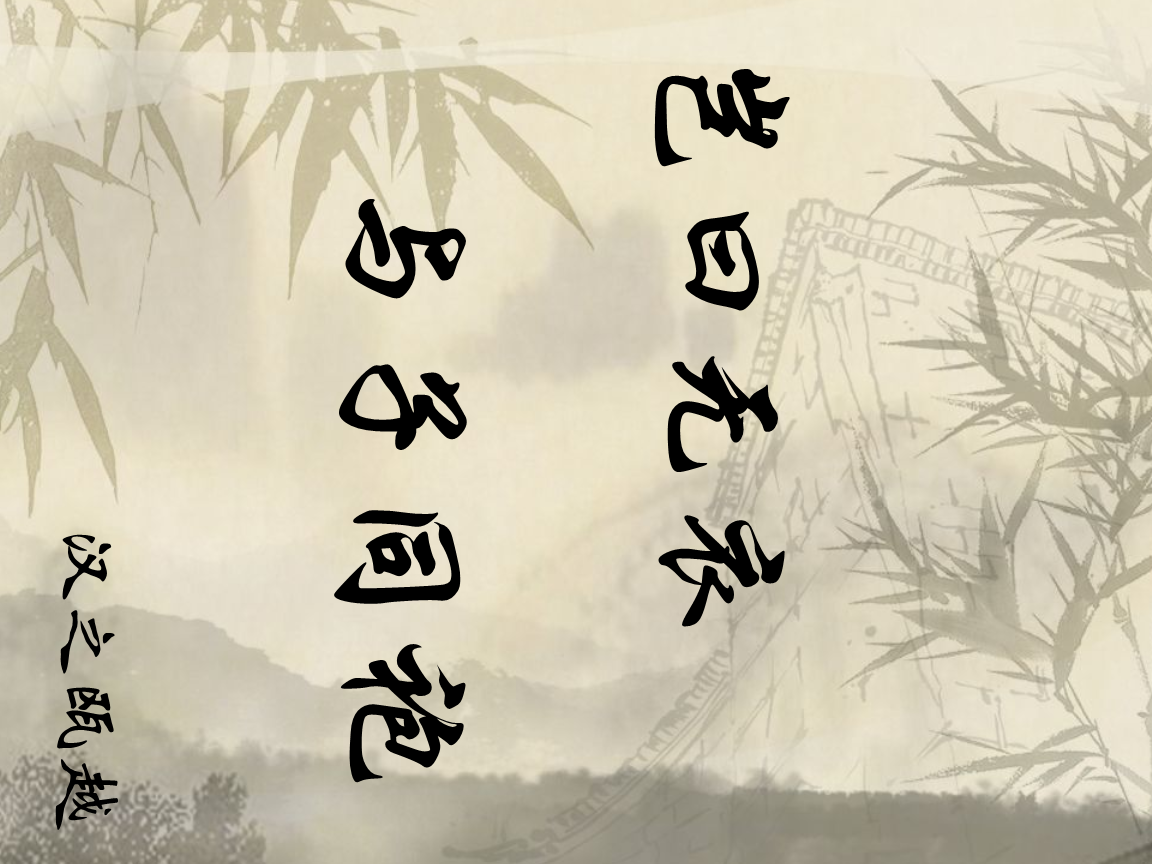
岂曰无衣？与子同袍。